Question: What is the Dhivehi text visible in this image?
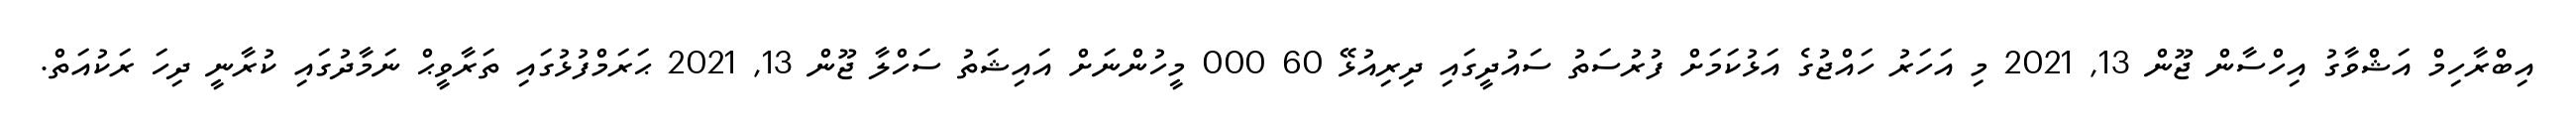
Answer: އިބްރާހިމް އަޝްވާގު އިހްސާން ޖޫން 13, 2021 މި އަހަރު ހައްޖުގެ އަޅުކަމަށް ފުރުސަތު ސައުދީގައި ދިރިއުޅޭ 60 000 މީހުންނަށް އައިޝަތު ސަހްލާ ޖޫން 13, 2021 ޙަރަމްފުޅުގައި ތަރާވީޙް ނަމާދުގައި ކުރާނީ ދިހަ ރަކުއަތް.